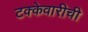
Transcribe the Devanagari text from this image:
टक्केवारीची